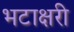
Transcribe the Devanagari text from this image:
भटाक्षरी